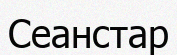
Сеанстар